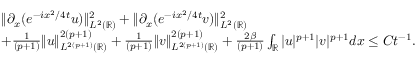
\begin{array} { r l } & { \| \partial _ { x } ( e ^ { - i x ^ { 2 } / 4 t } u ) \| _ { L ^ { 2 } ( \mathbb { R } ) } ^ { 2 } + \| \partial _ { x } ( e ^ { - i x ^ { 2 } / 4 t } v ) \| _ { L ^ { 2 } ( \mathbb { R } ) } ^ { 2 } } \\ & { + \frac { 1 } { ( p + 1 ) } \| u \| _ { L ^ { 2 ( p + 1 ) } ( \mathbb { R } ) } ^ { 2 ( p + 1 ) } + \frac { 1 } { ( p + 1 ) } \| v \| _ { L ^ { 2 ( p + 1 ) } ( \mathbb { R } ) } ^ { 2 ( p + 1 ) } + \frac { 2 \beta } { ( p + 1 ) } \int _ { \mathbb { R } } | u | ^ { p + 1 } | v | ^ { p + 1 } d x \leq C t ^ { - 1 } . } \end{array}